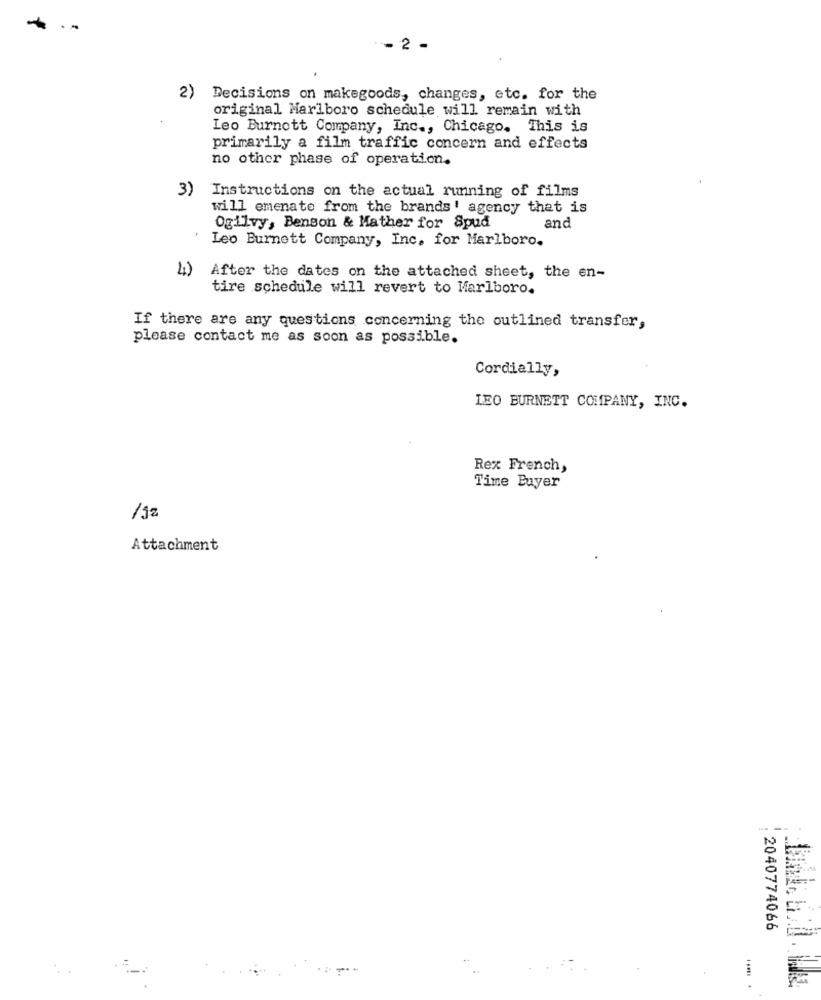
.-
-- 2 -
2) Decisions on makegoods, changes, etc. for the
original Marlboro schedule will remain with
Leo Burnett Company, Inc ., Chicago. This is
primarily a film traffic concern and effects
no other phase of operation.
3)
Instructions on the actual running of films
will emenate from the brands' agency that is
Ogilvy, Benson & Mather for Spud
and
Leo Burnett Company, Inc. for Marlboro.
24)
After the dates on the attached sheet, the en-
tire schedule will revert to Marlboro.
If there are any questions concerning the outlined transfer,
please contact me as soon as possible.
Cordially,
LEO BURNETT COMPANY, INC.
Rex French,
Time Buyer
/12
Attachment
2040774066
.